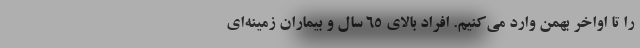
را تا اواخر بهمن وارد می‌کنیم. افراد بالای ۶۵ سال و بیماران زمینه‌ای